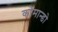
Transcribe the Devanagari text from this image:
कोमान्डो